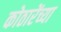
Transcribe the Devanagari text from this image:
कोठारेंच्या